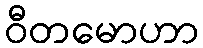
ဝီတမောဟာ